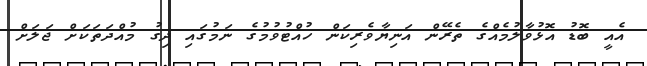
އެއީ ބޮޑު އޮޅުވާލުމެއްގެ ތެރޭން އަނިޔާވެރިކަން ހުއްޓުވުމުގެ ނަމުގައި ދިގު މުއްދަތަކަށް ޖަލަށް